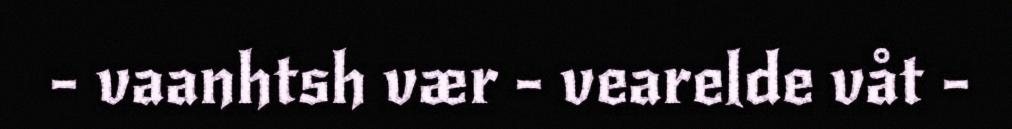
- vaanhtsh vær - vearelde våt -